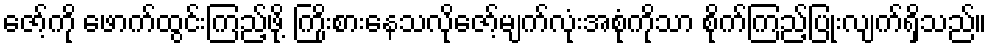
ဇော့်ကို ဖောက်ထွင်းကြည့်ဖို့ ကြိုးစားနေသလိုဇော့်မျက်လုံးအစုံကိုသာ စိုက်ကြည့်ပြုံးလျက်ရှိသည်။